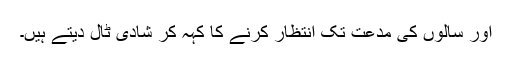
اور سالوں کی مدعت تک انتظار کرنے کا کہہ کر شادی ٹال دیتے ہیں۔